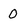
Character: 0